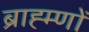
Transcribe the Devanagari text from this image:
ब्राह्म्णों